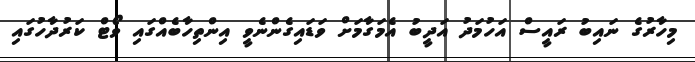
މިހާރުގެ ނައިބު ރައީސް އަހުމަދު އަދީބު އެމަގާމަށް ވަޑައިގެންނެވީ އިންތިހާބެއްގައި ވޯޓް ކަރުދާހުގައި